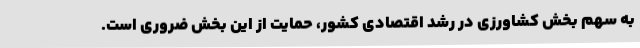
به سهم بخش کشاورزی در رشد اقتصادی کشور، حمایت از این بخش ضروری است.